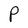
Character: P